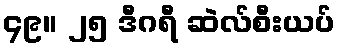
၄၉။ ၂၅ ဒီဂရီ ဆဲလ်စီးယပ်